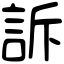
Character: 訴